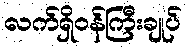
လက်ရှိဝန်ကြီးချုပ်